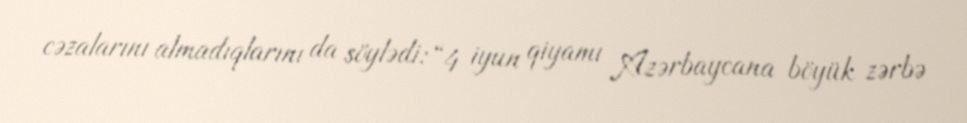
cəzalarını almadıqlarını da söylədi: “4 iyun qiyamı Azərbaycana böyük zərbə